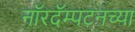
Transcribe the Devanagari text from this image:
नॉरदॅम्पटनच्या